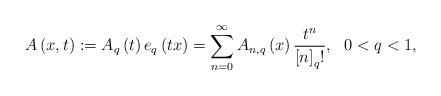
LaTeX: \begin{align*}A\left( x,t\right) :=A_{q}\left( t\right) e_{q}\left( tx\right)=\sum_{n=0}^{\infty}A_{n,q}\left( x\right) \dfrac{t^{n}}{\left[ n\right]_{q}!},\ \ 0<q<1, \end{align*}